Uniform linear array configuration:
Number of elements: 32
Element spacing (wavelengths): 0.5
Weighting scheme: uniform
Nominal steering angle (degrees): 0
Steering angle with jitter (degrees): -1.84
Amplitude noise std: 0.05
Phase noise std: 0.05

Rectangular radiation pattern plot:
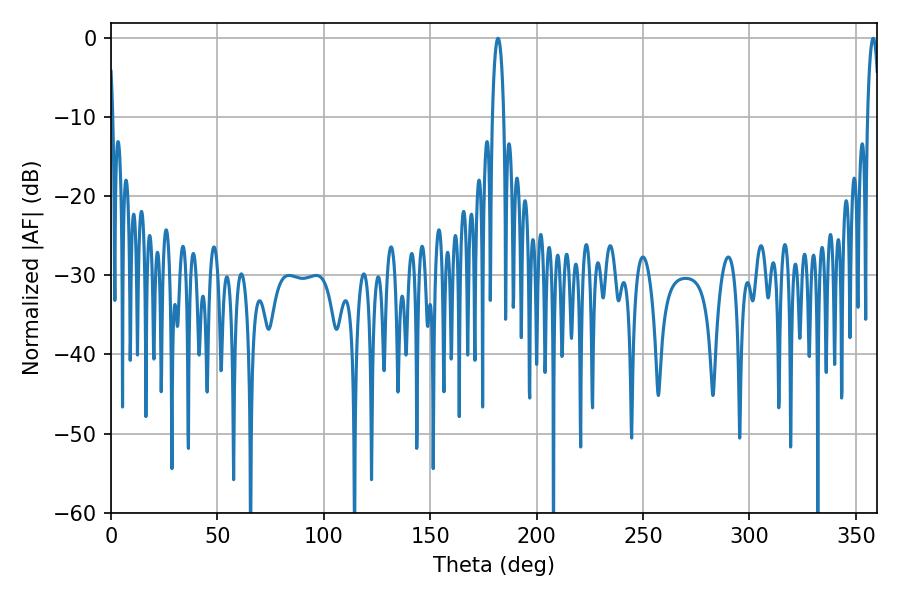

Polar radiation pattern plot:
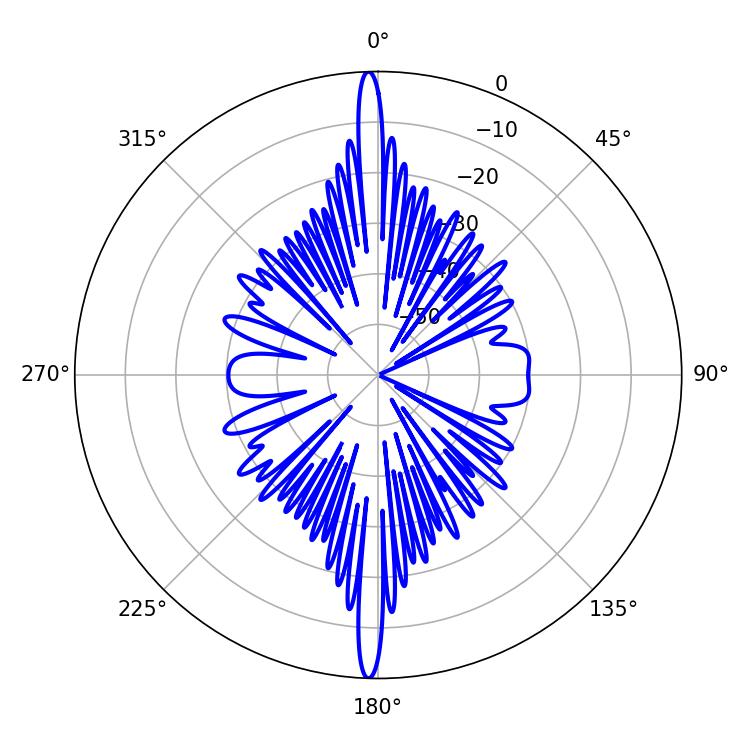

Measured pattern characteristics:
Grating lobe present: FALSE
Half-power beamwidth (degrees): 3.06
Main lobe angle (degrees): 181.8